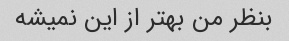
بنظر من بهتر از این نمیشه